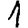
Digit: 1